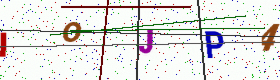
Text: IOJP4